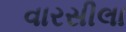
વારસીલા